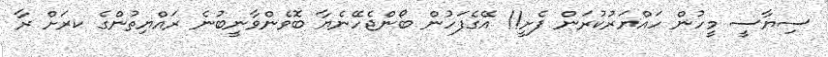
ސިޔާސީ މީހުން ހައްޔަރުކުރަން ފެށީ!! އޭގެފަހުން ބޯންޖެހޭނެޔާ ބޮވެންވާނީބުނެ ރައްޔިތުންގެ ކރަށް ރާ